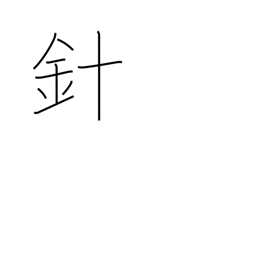
Meaning: stinger